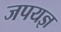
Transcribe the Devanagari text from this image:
जपयज्ञ